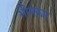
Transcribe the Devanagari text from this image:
भीमकार